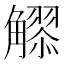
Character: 𧥂